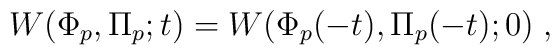
W(\Phi_p, \Pi_p;t) = W(\Phi_p(-t),\Pi_p(-t);0) \;,